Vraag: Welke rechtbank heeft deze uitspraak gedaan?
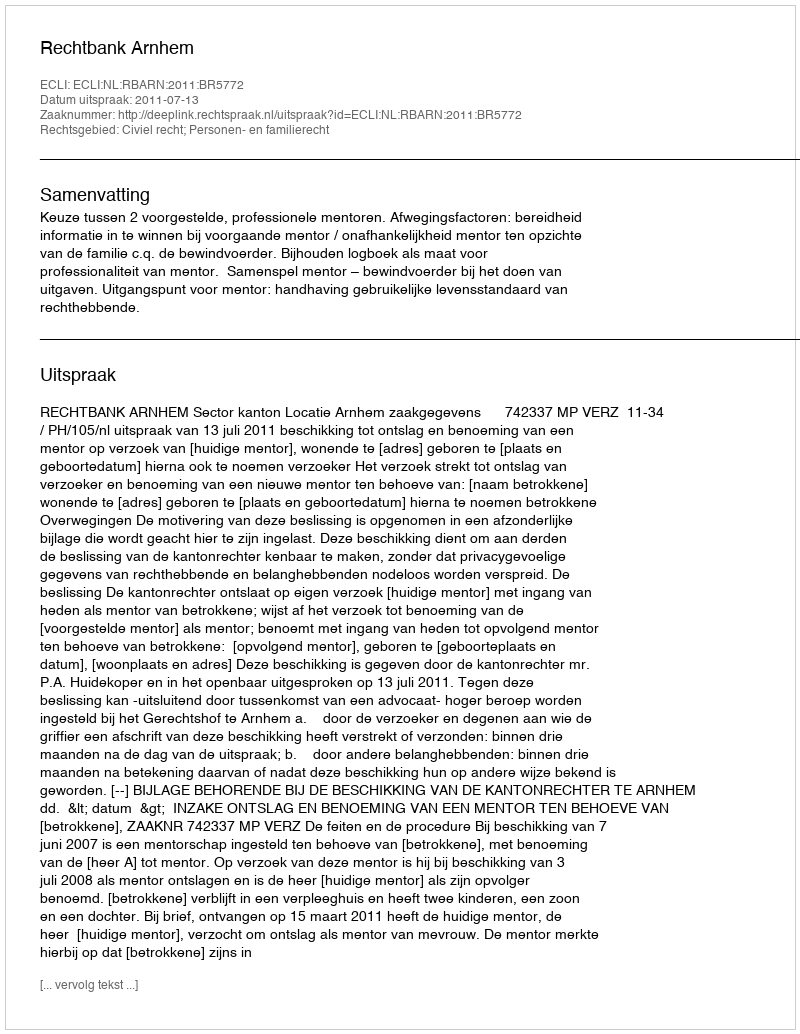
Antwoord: Rechtbank Arnhem